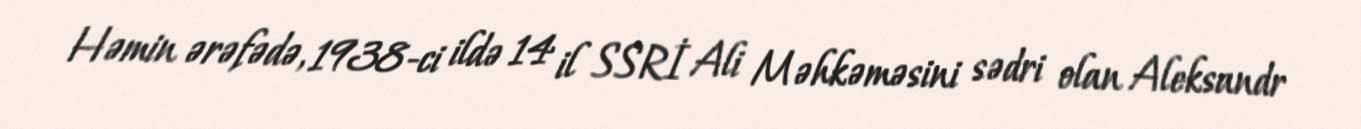
Həmin ərəfədə, 1938-ci ildə 14 il SSRİ Ali Məhkəməsini sədri olan Aleksandr